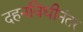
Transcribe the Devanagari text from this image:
दहनविधीनंतर